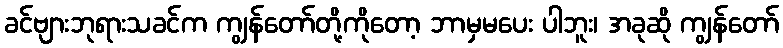
ခင်ဗျားဘုရားသခင်က ကျွန်တော်တို့ကိုတော့ ဘာမှမပေး ပါဘူး၊ အခုဆို ကျွန်တော်